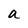
Character: a